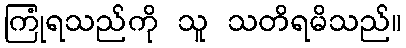
ကြုံရသည်ကို သူ သတိရမိသည်။